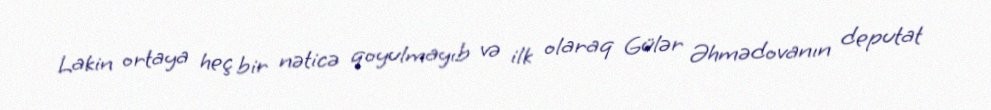
Lakin ortaya heç bir nəticə qoyulmayıb və ilk olaraq Gülər Əhmədovanın deputat